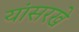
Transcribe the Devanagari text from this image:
यांसरखे